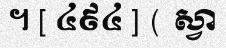
។ [ ៤៩៤ ] ( ស្វា